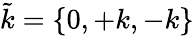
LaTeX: \tilde{k}=\{ 0,+k,-k\}